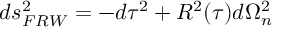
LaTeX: d s _ { F R W } ^ { 2 } = - d \tau ^ { 2 } + { \cal R } ^ { 2 } ( \tau ) d \Omega _ { n } ^ { 2 }